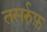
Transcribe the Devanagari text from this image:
तसर्रुफ़